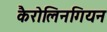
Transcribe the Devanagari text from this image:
कैरोलिनगियन